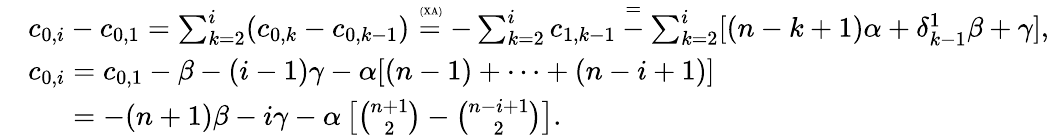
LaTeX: \begin{array}{rl}&{c_{0,i}-c_{0,1}=\sum_{k=2}^{i}(c_{0,k}-c_{0,k-1})\overset{\mathrm{\tiny~(XA)}}{=}-\sum_{k=2}^{i}c_{1,k-1}\overset{=}-\sum_{k=2}^{i}[(n-k+1)\alpha+\delta_{k-1}^{1}\beta+\gamma],}\\ &{c_{0,i}=c_{0,1}-\beta-(i-1)\gamma-\alpha[(n-1)+\dots+(n-i+1)]}\\ &{\hphantom{c_{0,i}}=-(n+1)\beta-i\gamma-\alpha\left[\binom{n+1}{2}-\binom{n-i+1}{2}\right].}\end{array}